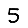
Digit: 5